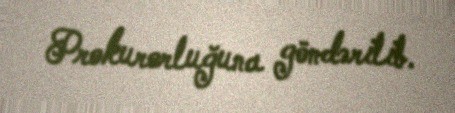
Prokurorluğuna göndərilib.